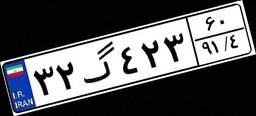
۳۲گ۴۲۳۶۰